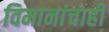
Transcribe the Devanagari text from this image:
विमानांचाही